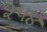
૨૫૪